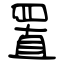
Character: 置